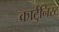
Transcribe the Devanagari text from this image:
कार्टुनिस्ट